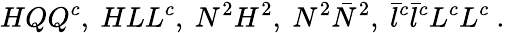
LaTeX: HQQ^{c},~HLL^{c},~N^{2}H^{2},~N^{2}\bar{N}^{2},~\bar{l}^{c}\bar{l}^{c}L^{c}L^{c}~.